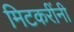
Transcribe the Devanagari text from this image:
मिटकरींनी